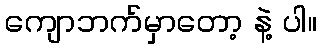
ကျောဘက်မှာတော့ နဲ့ ပါ။